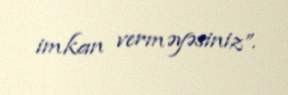
imkan verməyəsiniz”.